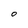
Character: 0